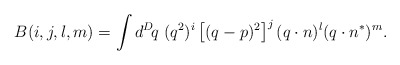
\begin{align*}B(i,j,l,m) = \int d^D\!q\;(q^2)^i\left[(q-p)^2\right]^j(q\cdot n)^l (q\cdot n^*)^m.\end{align*}